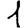
Digit: 1